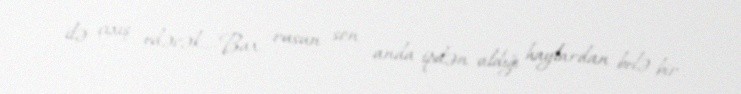
ilə çıxış edəcək... Bax, rusun son anda ipdən aldığı haylardan belə bir